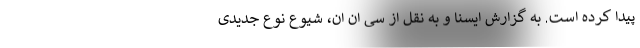
پیدا کرده است. به گزارش ایسنا و به نقل از سی ان ان، شیوع نوع جدیدی